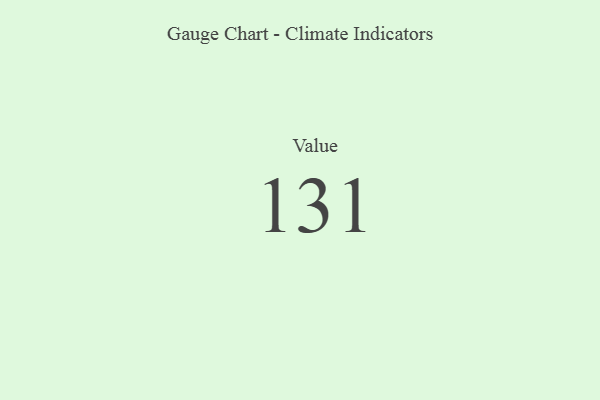
{"axis": {"x": "Metric", "y": "Value"}, "legend": [""], "data": [{"x": "Value", "y": 131, "type": ""}]}